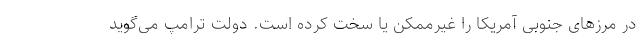
در مرزهای جنوبی آمریکا را غیرممکن یا سخت کرده است. دولت ترامپ می‌گوید